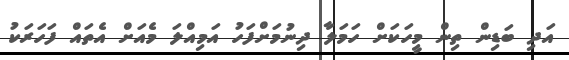
އަދި ބަޑިން ތިން މީހަކަށް ހަމަލާ ދިނުމަށްފަހު އަމިއްލަ މެއަށް އެތައް ފަހަރަކު